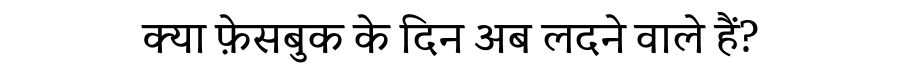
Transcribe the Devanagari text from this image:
क्या फ़ेसबुक के दिन अब लदने वाले हैं?